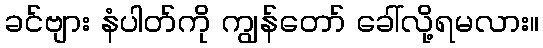
ခင်ဗျား နံပါတ်ကို ကျွန်တော် ခေါ်လို့ရမလား။